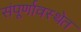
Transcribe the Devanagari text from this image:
संपूर्णावस्थेत